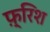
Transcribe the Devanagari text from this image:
फ़्रिश